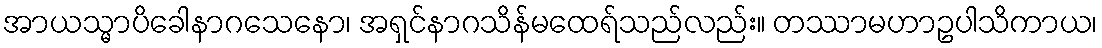
အာယသ္မာပိခေါနာဂသေနော၊ အရှင်နာဂသိန်မထေရ်သည်လည်း။ တဿာမဟာဥပါသိကာယ၊